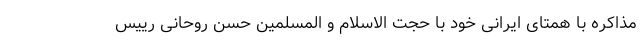
مذاکره با همتای ایرانی خود با حجت الاسلام و المسلمین حسن روحانی رییس